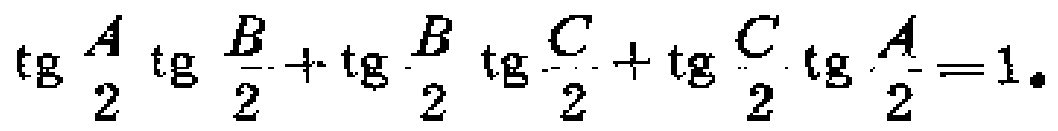
\(\tg\frac{A}{2}\tg\frac{B}{2}+\tg\frac{B}{2}\tg\frac{C}{2}+\tg\frac{C}{2}\tg\frac{A}{2}=1\)